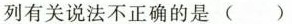
列有关说法不正确的是 ( )